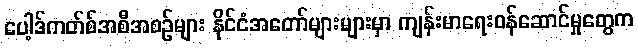
ပေါ့ဒ်ကတ်စ်အစီအစဉ်များ နိုင်ငံအတော်များများမှာ ကျန်းမာရေးဝန်ဆောင်မှုတွေက